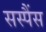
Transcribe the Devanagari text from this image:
सस्पैंस